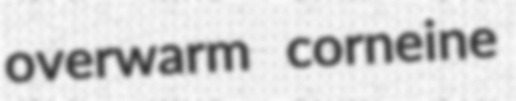
overwarm corneine